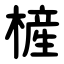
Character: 㯆